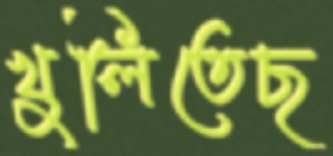
খুলিতেছ